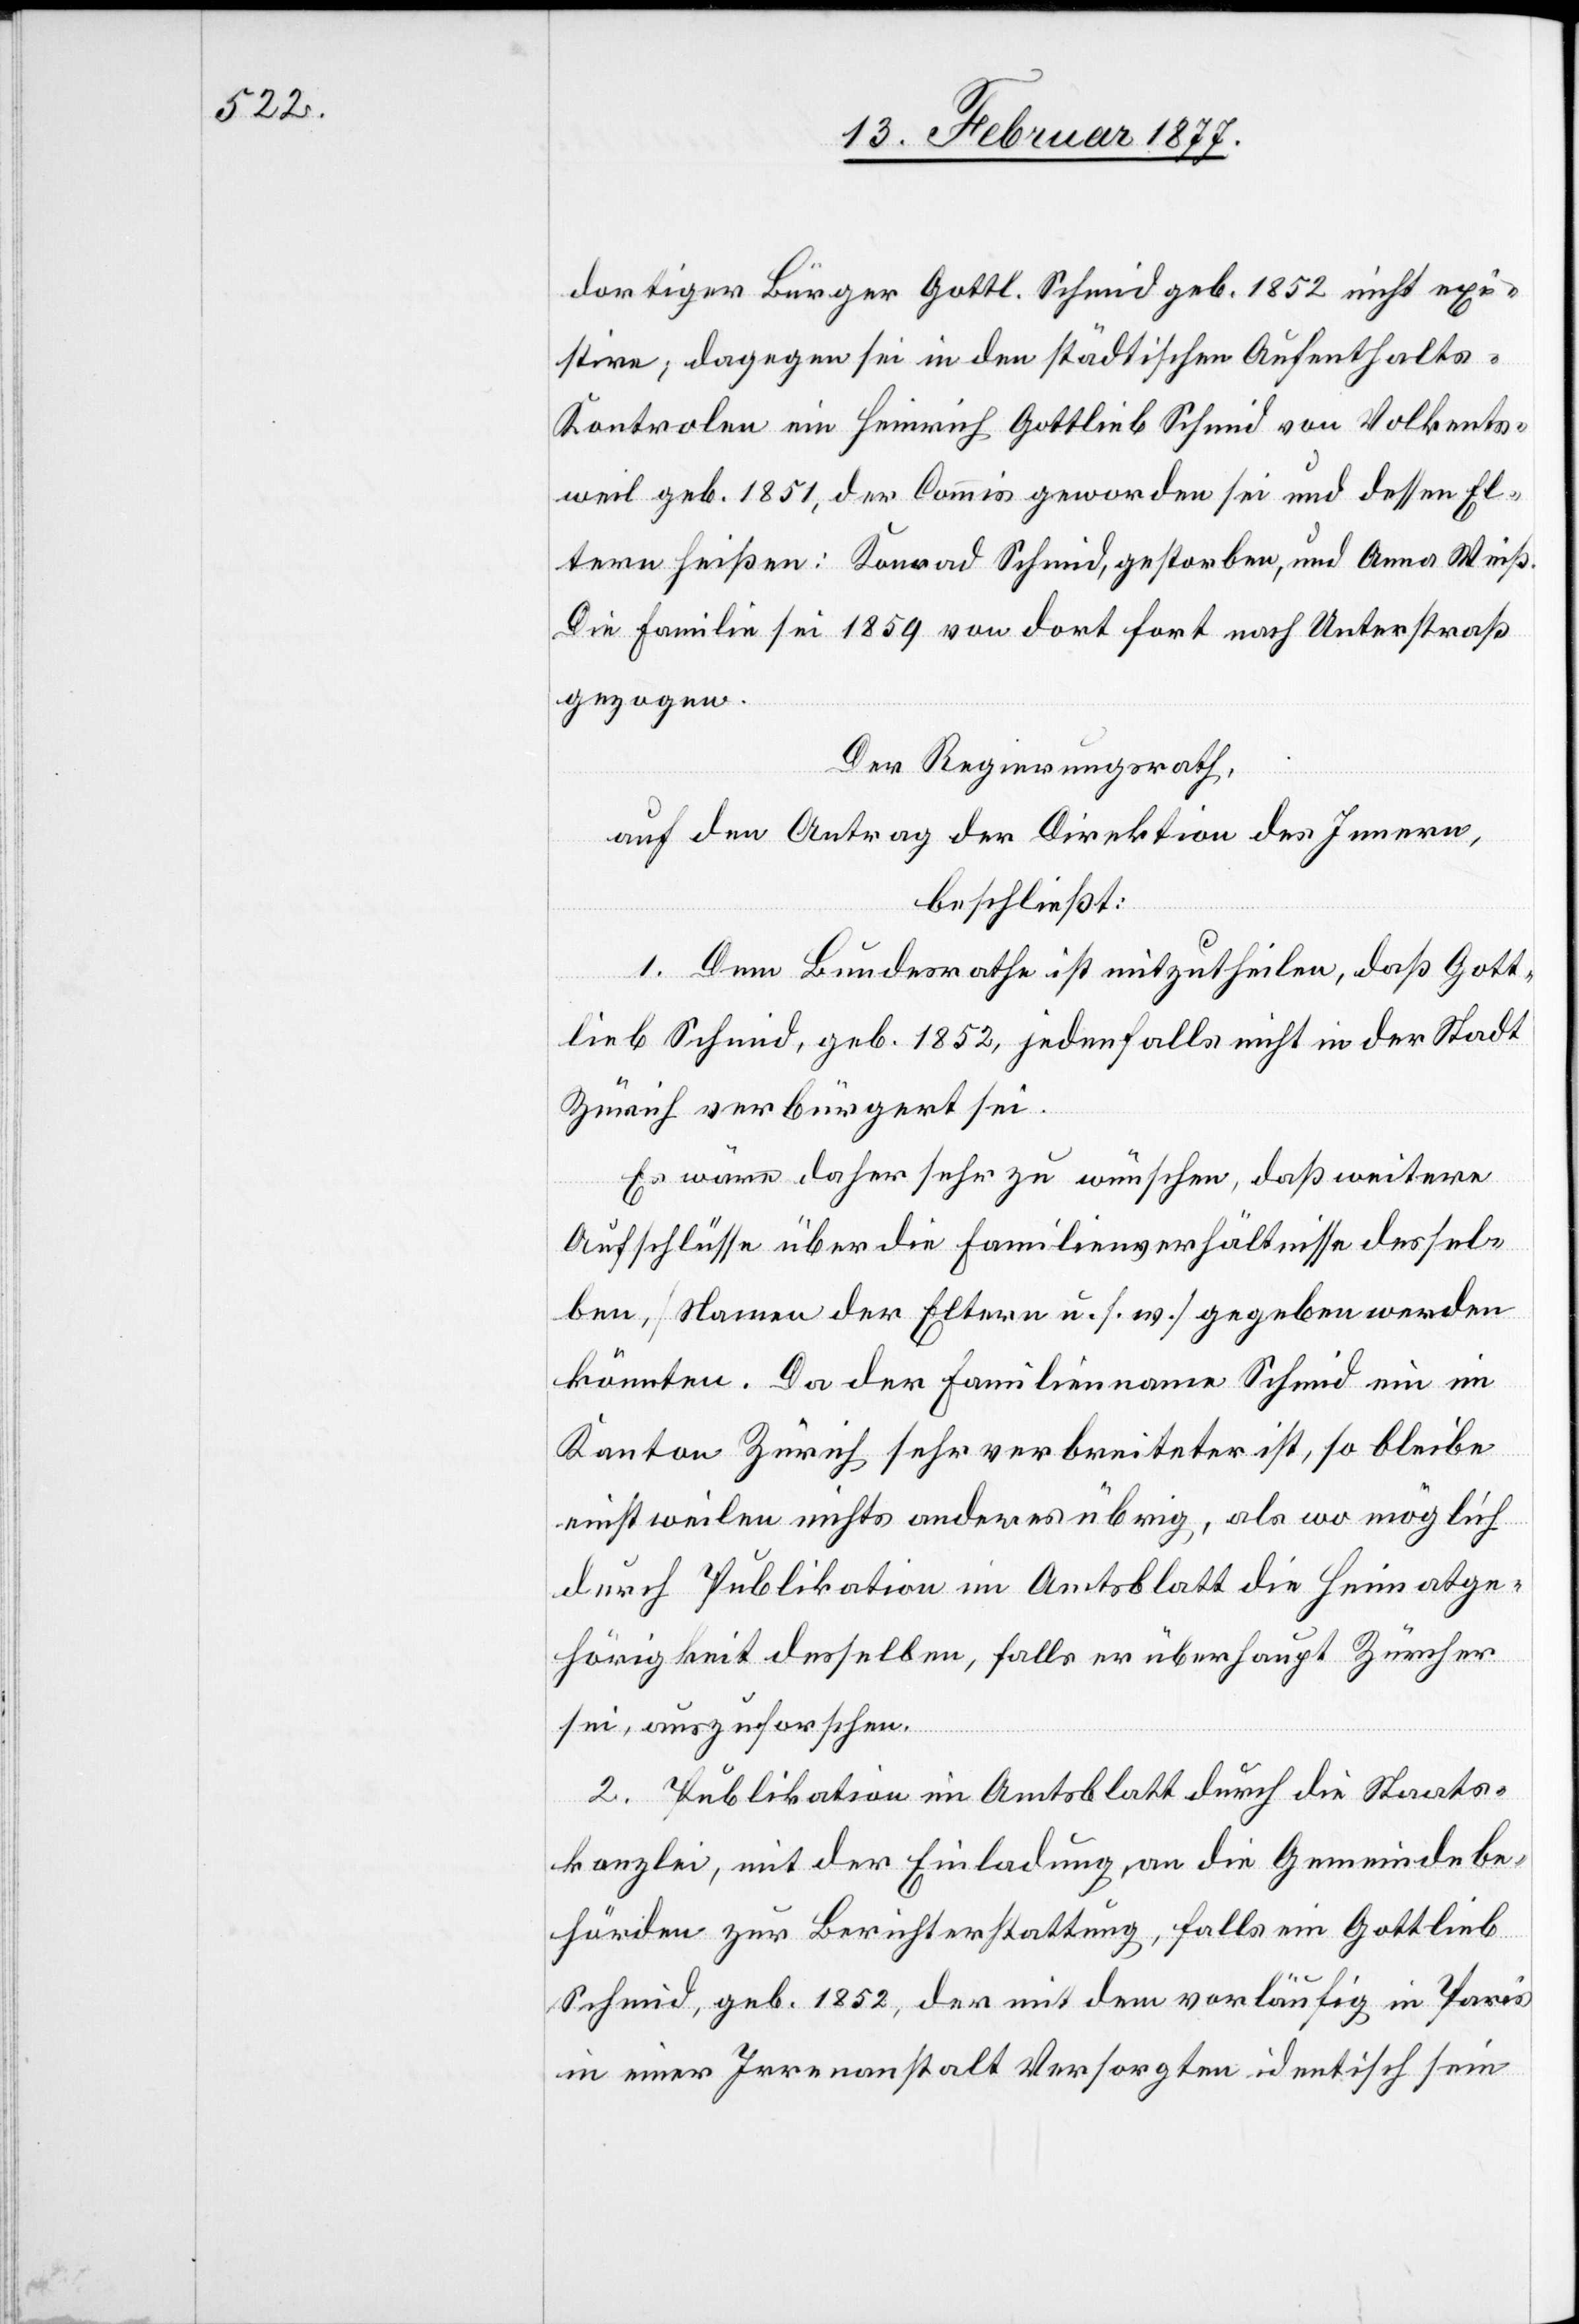
dortiger Bürger Gottl. Schmid geb. 1852 nicht exi¬
stire; dagegen sei in den städtischen Aufenthalts-K¬
ontrolen ein Heinrich Gottlieb Schmid von Volkents¬
weil geb. 1851, der Commis geworden sei und dessen El¬
tern hießen: Konrad Schmid, gestorben, und Anna Weiß.
Die Familie sei 1859 von dort fort nach Unterstraß
gezogen.
Der Regierungsrath,
auf den Antrag der Direktion des Innern,
beschließt:
1. Dem Bundesrathe ist mitzutheilen, daß Gott¬
lieb Schmid, geb. 1852, jedenfalls nicht in der Stadt
Zürich verbürgert sei.
Es wäre daher sehr zu wünschen, daß weitere
Aufschlüsse über die Familienverhältnisse dessel¬
ben [Name der Eltern u. s. w.] gegeben werden
könnten. Da der Familienname Schmid ein im
Kanton Zürich sehr verbreiteter ist, so bleibe
einstweilen nichts anderes übrig, als wo möglich
durch Publikation im Amtsblatt die Heimatge¬
hörigkeit desselben, falls er überhaupt Zürcher
sei, auszuforschen.
2. Publikation im Amtsblatt durch die Staats¬
kanzlei, mit der Einladung an die Gemeindebe¬
hörden zur Berichterstattung, falls ein Gottlieb
Schmid, geb. 1852, der mit dem vorläufig in Paris
in einer Irrenanstalt Versorgten identisch sein